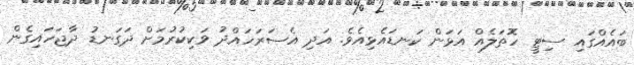
ބައެއްގައި ސިޓީ ހޮތަލެއް އަޅަން ކަނޑައެޅިއެވެ. އަދި އެސަރަހައްދު ވަކިކުރުމަށް ދަގަނޑު ދާޖަހައިގެން